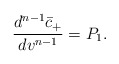
\begin{align*} \frac{d^{n-1}\bar{c}_+}{dv^{n-1}}=P_1.\end{align*}